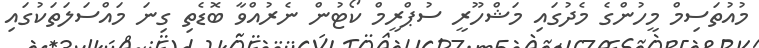
މުއުތަސިމް މީހުންގެ މެދުގައި މަޝްހޫރީ ސުޕްރީމް ކޯޓުން ނެރުއްވާ ބޮޑެތި ގިނަ މައްސަލަތަކުގައި